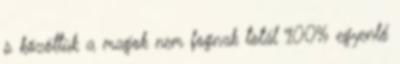
s közöttük a magok nem fognak totál 100% egyenlő